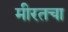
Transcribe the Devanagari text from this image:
मीरतचा